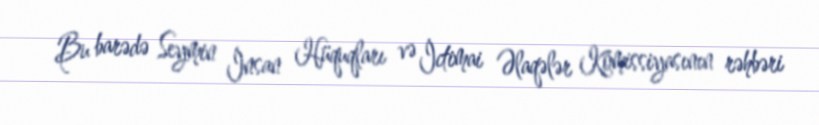
Bu barədə Seymin İnsan Hüquqları və İctimai Əlaqələr Komissiyasının rəhbəri